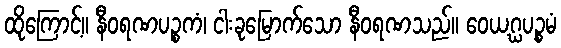
ထိုကြောင့်။ နီဝရဏပဉ္စကံ၊ ငါးခုမြောက်သော နီဝရဏသည်။ ဝေယဂ္ဃပဉ္စမံ